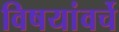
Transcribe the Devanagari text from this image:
विषयांवर्चे